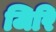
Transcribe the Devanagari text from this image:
जिरि